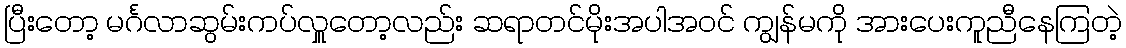
ပြီးတော့ မင်္ဂလာဆွမ်းကပ်လှူတော့လည်း ဆရာတင်မိုးအပါအဝင် ကျွန်မကို အားပေးကူညီနေကြတဲ့